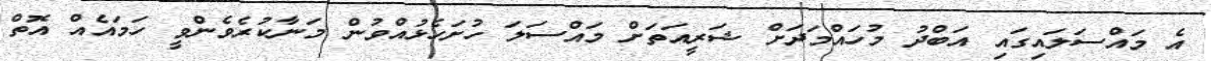
އެ މައްސަލައިގައި އަބްދު މުހައްމަދަށް ޝަރީއަތަށް މައްސަލަ ހުށަހެޅުއްވުން މަނާކުރެވެންވީ ހަމައެއް އޮތް